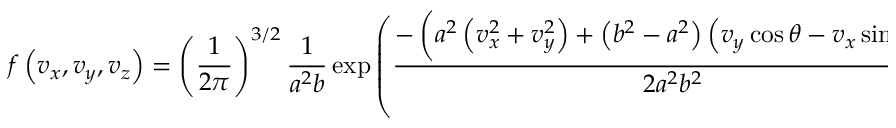
f \left( v _ { x } , v _ { y } , v _ { z } \right) = \left( \frac { 1 } { 2 \pi } \right) ^ { 3 / 2 } \frac { 1 } { a ^ { 2 } b } \exp \left( \frac { - \left( a ^ { 2 } \left( v _ { x } ^ { 2 } + v _ { y } ^ { 2 } \right) + \left( b ^ { 2 } - a ^ { 2 } \right) \left( v _ { y } \cos \theta - v _ { x } \sin \theta \right) ^ { 2 } \right) } { 2 a ^ { 2 } b ^ { 2 } } + \frac { - v _ { z } ^ { 2 } } { 2 a ^ { 2 } } \right) .